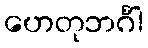
ဟေတုဘင်္ဂါ